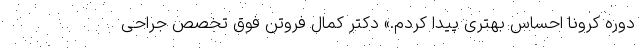
دوره کرونا احساس بهتری پیدا کردم.» دکتر کمال فروتن فوق تخصص جراحی